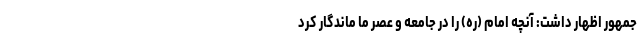
جمهور اظهار داشت: آنچه امام (ره) را در جامعه و عصر ما ماندگار کرد